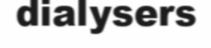
dialysers